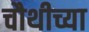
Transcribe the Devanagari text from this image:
चौथीच्या